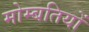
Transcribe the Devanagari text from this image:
मोम्बतियों